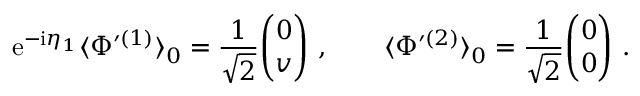
{ \mathrm { e } } ^ { - { \mathrm { i } } { \eta } _ { 1 } } \langle { \Phi } ^ { \prime ( 1 ) } \rangle _ { 0 } = \frac { 1 } { \sqrt { 2 } } { \binom { 0 } { v } } \ , \qquad \langle { \Phi } ^ { \prime ( 2 ) } \rangle _ { 0 } = \frac { 1 } { \sqrt { 2 } } { \binom { 0 } { 0 } } \ .